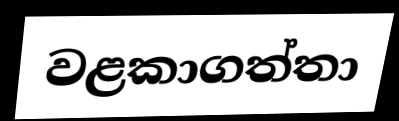
වළකාගත්තා